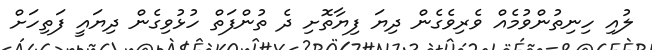
ލުއި ހިނިތުންވުމެއް ވެރިވެގެން ދިޔަ ފިޔާތޮށި ދެ ތުންފަތް ހުޅުވިގެން ދިޔައީ ފަތިހަށް